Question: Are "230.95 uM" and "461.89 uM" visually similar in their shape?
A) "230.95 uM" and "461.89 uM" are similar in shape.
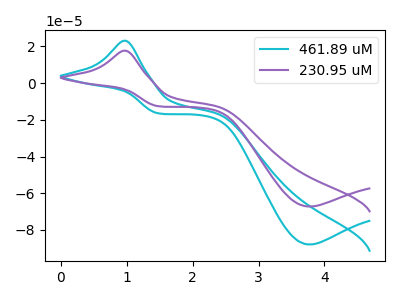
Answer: <think>The cyan curve "461.89 uM" has an anodic peak at (1.00V, 23.10uA) and a cathodic peak at (3.75V, -87.90uA). The purple curve "230.95 uM" has an anodic peak at (1.00V, 17.65uA) and a cathodic peak at (3.75V, -67.25uA).
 All the peaks in "230.95 uM" have a peak in "461.89 uM" at the same potential. Every peak in "230.95 uM" is lower than every peak in "461.89 uM".</think>
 <answer>A) "230.95 uM" and "461.89 uM" are similar in shape.</answer>
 <eval>A</eval>